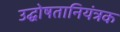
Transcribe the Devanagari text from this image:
उद्घोषतानियंत्रक